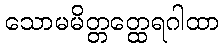
သောမမိတ္တတ္ထေရဂါထာ